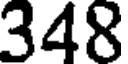
348